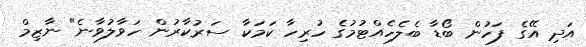
އަދި އޭގެ ފަހުން ބޯޑާ ބެލެހެއްޓުމުގެ ހުރިހާ ކަމަކާ ސަރުކާރުން ހަވާލުވާނެ" ނާޒިމް